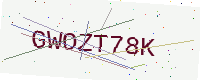
Text: GWOZT78K